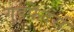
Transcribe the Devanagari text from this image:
गुडफ़ेदर्स